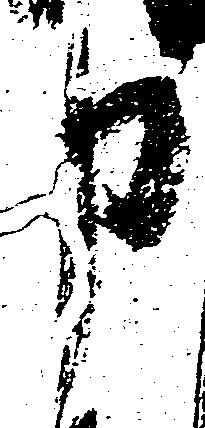
申